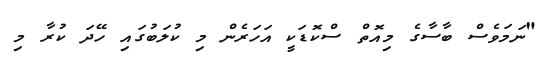
"ނަމަވެސް ބާސާގެ މިއޮތް ސްކޮޑަކީ އަހަރެން މި ކުލަބުގައި ހޭދަ ކުރާ މި